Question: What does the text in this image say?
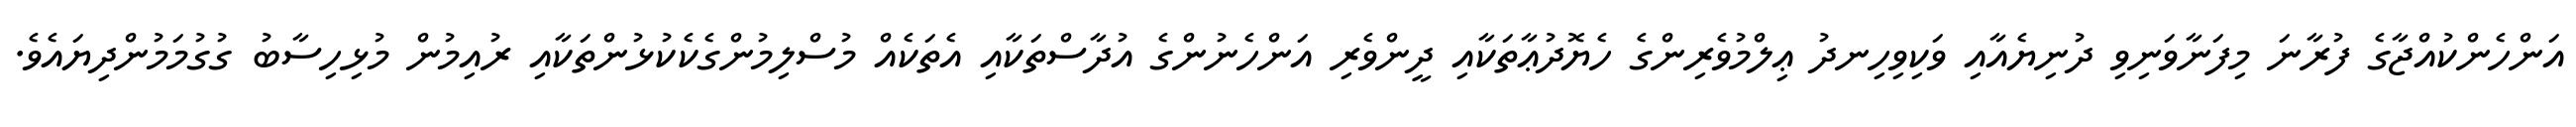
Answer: އަންހެންކުއްޖާގެ ފުރާނަ މިފަނާވަނިވި ދުނިޔެއާއި ވަކިވިހިނދު ޢިލްމުވެރިންގެ ހެޔޮދުޢާތަކާއި ދީންވެރި އަންހެނުންގެ އުދާސްތަކާއި އެތަކެއް މުސްލިމުންގެކެކުޅުންތަކާއި ރުއިމުން މުޅިހިސާބު ގުގުމަމުންދިޔައެވެ.